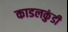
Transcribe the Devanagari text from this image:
काडलकुंडी